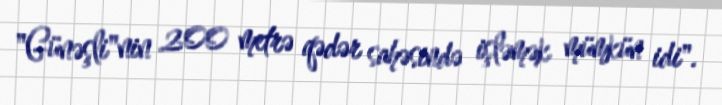
"Günəşli"nin 200 metrə qədər sahəsində işləmək mümkün idi".